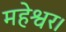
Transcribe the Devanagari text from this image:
महेश्वर।